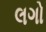
લગો